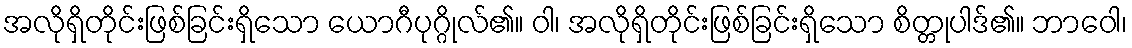
အလိုရှိတိုင်းဖြစ်ခြင်းရှိသော ယောဂီပုဂ္ဂိုလ်၏။ ဝါ၊ အလိုရှိတိုင်းဖြစ်ခြင်းရှိသော စိတ္တုပါဒ်၏။ ဘာဝေါ၊